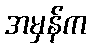
အမှန်က